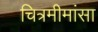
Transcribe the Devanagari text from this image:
चित्रमीमांसा